Annual report of the Bengal Veterinary College and of the Civil Veterinary Department, Bengal, for the year 1916-17 - 1916-1917
Year: 1916
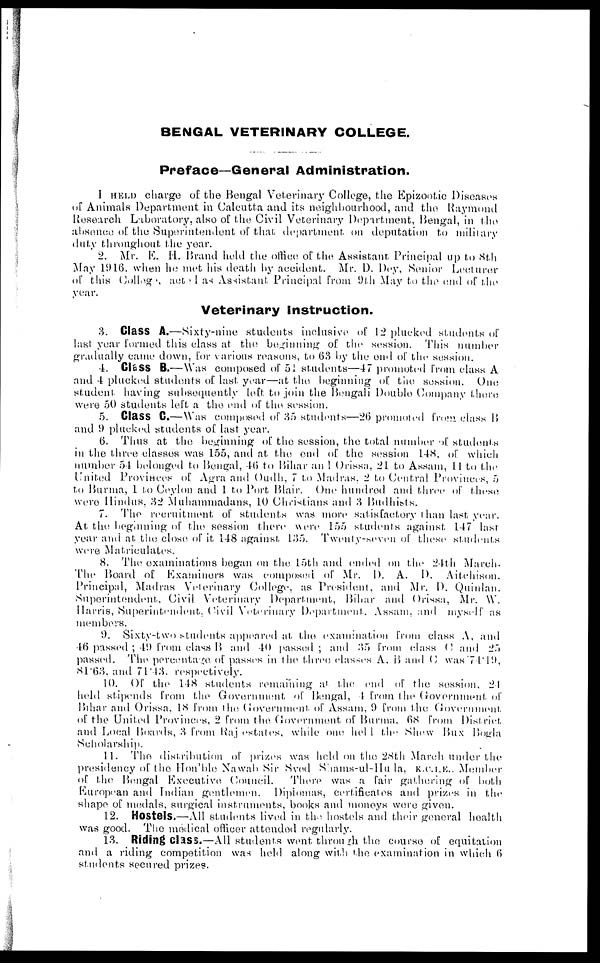
BENGAL VETERINARY COLLEGE
Preface—General Administration.
I HEAD charge of the Bengal Veterinary College, the Epizootic Diseases
of Animals Department in Calcutta and its neighbourhood, and the Raymond
Research Laboratory, also of the Civil Veterinary Department, Bengal, in the
absence of the Superintendent of that department on deputation to military
duty throughout the year.
2. Mr. E. H. Brand held the office of the Assistant Principal up to 8th
May 1916, when he met his death by accident. Mr. D. Dey, Senior Lecturer
of this Collegs, actul as Assistant Principal from 9th May to the end of the
year.
Veterinary Instruction.
8. Class A.—Sixty-nine students inclusive of 12 plucked students of
last year formed this class at the beginning of the session. This number
gradually came down, for various reasons, to 63 by the end of the session.
4. ClaSS B.—Was composed of 51 students—47 promoted from class A
and 4 plucked students of last year—at the beginning of the session. One
student having subsequently left to join the Bengali Double Company there
were 50 students left a the end of the session.
5. Class C.—Was composed of 85 students—26 promoted from class B
and 9 plucked students of last year.
6. Thus at the beginning of the session, the total number of students
in the three classes was 155, and at the end of the session 148, of which
number 54 belonged to Bengal, 46 to Bihar an 1 Orissa, 21 to Assam, 11 to the
United Provinces of Agra and Oudh, 7 to Madras. 2 to Central Provinces, 5
to Burma, 1 to Ceylon and 1 to Port Blair. One hundred and three of these
were Hindus, 82 Muhammadans, 10 Christians and 8 Budhists.
7. The recruitment of students was more satisfactory than last year.
At the beginning of the session there were 155 students against 147 last
year and at the close of it 148 against 135. Twenty-seven of these students
were Matriculates.
8. The examinations began on the 15th and ended on the 24th March.
The Board of Examiners was composed of Mr. I). A. D. Aitchison.
Principal, Madras Veterinary College, as President, and Mr. D. Quinlan.
Superintendent, Civil Veterinary Department, Bihar and Orissa, Mr. W.
Harris, Superintendent, Civil Veterinary Department. Assam, and myself as
members.
9. Sixty-two students appeared at the examination from class A, and
46 passed; 49 from class B and 40 passed; and 85 from class (J and 25
passed. The percentage of passes in the three classes A, B and C was 74.19,
81.63, and 71.43. respectively.
10. Of the 148 students remaining at the end of the session, 24
held stipends from the Government of Bengal, 4 from the Government of
Bihar and Orissa, 18 from the Government of Assam, 9 from the Government
of the United Provinces, 2 from the Government of Burma. 68 from District
and Local Boards, 8 from Raj estates, while one held the Shew Bux Bogla
Scholarship.
11. The distribution of prizes was held on the 28th March under the
presidency of the Hon'ble Nawab Sir Sved Shams-ul-Hula, K.C.I.E., Member
of the Bengal Executive Council.
There was a fair gathering of both
European and Indian gentlemen. Diplomas, certificates and prizes in the
shape of medals, surgical instruments, books and moneys were given.
12. Hostels.—All students lived in the hostels and their general health
was good. The medical officer attended regularly.
18. Riding class.—All students went through the course of equitation
and a riding competition was held along with the examination in which 6
students secured prizes.